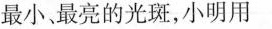
最小，最亮的光斑，小明用